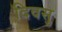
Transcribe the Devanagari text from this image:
दिवसु